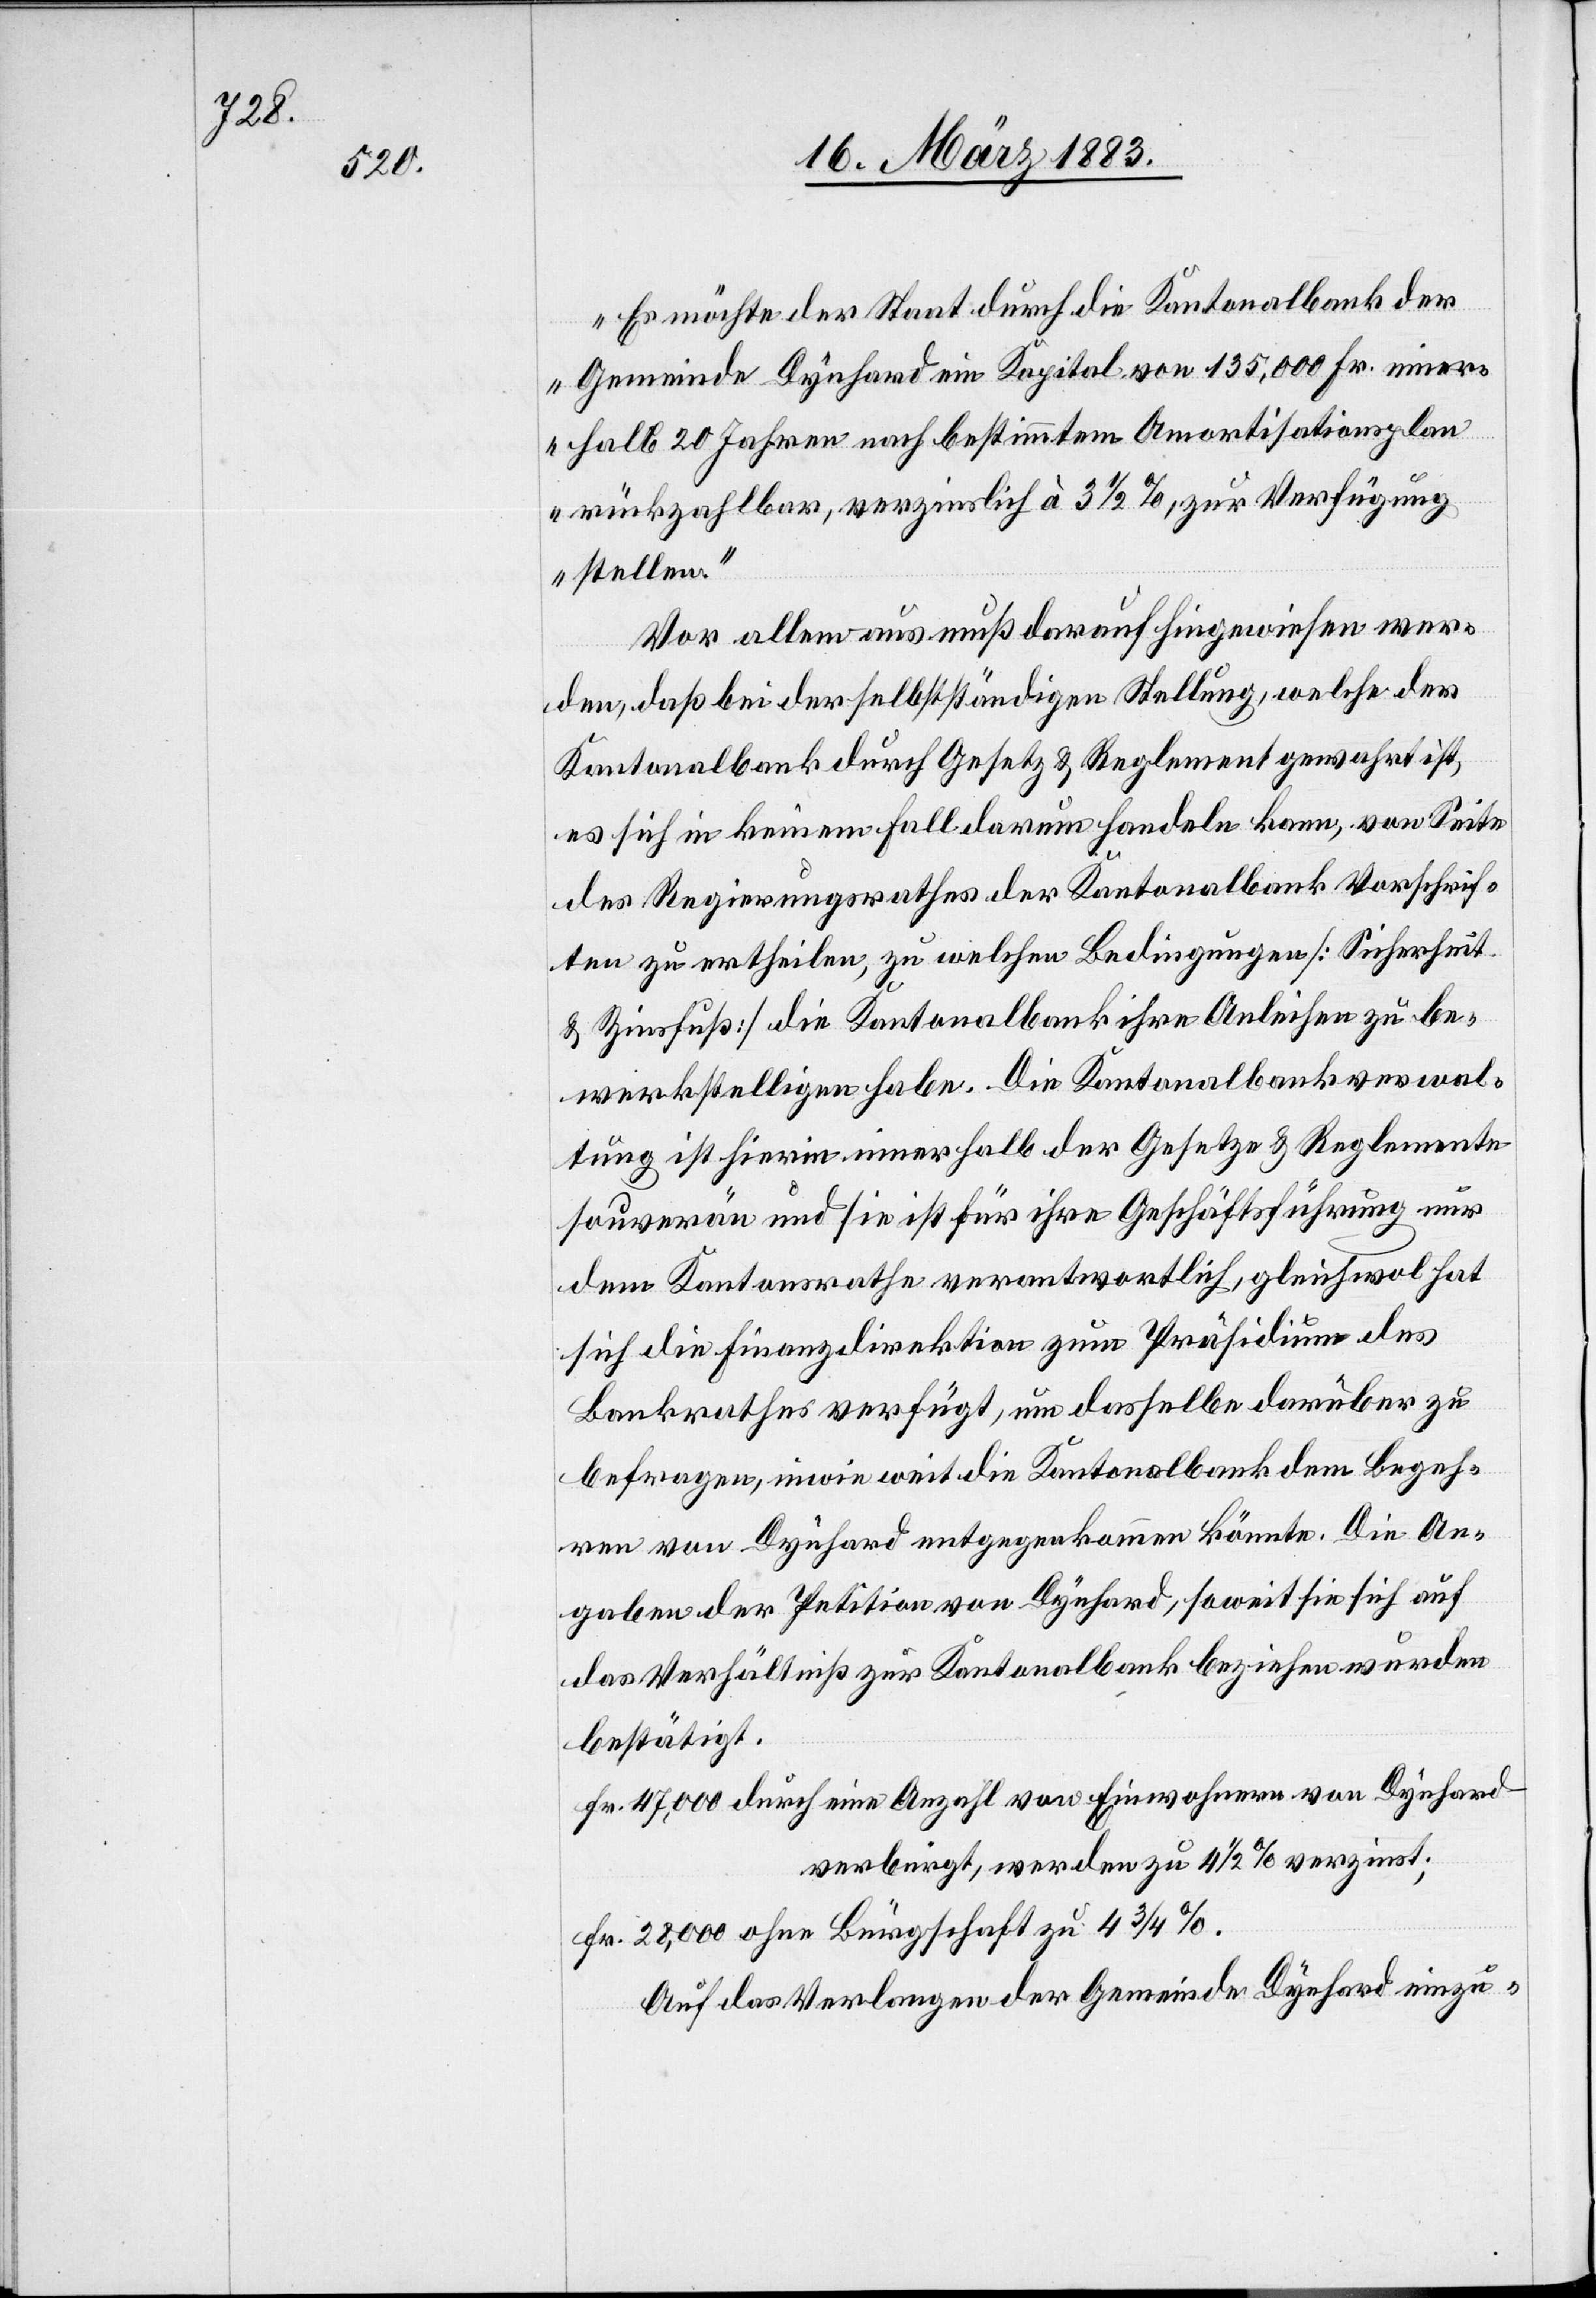
Kosten

solle,